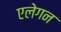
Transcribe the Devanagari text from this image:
एलेगन